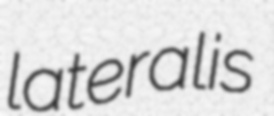
lateralis